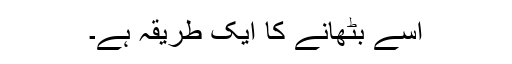
اسے بٹھانے کا ایک طریقہ ہے۔